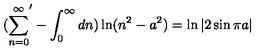
( { \sum _ { n = 0 } ^ { \infty } } ^ { \prime } - \int _ { 0 } ^ { \infty } d n ) \ln ( n ^ { 2 } - a ^ { 2 } ) = \ln | 2 \sin \pi a |